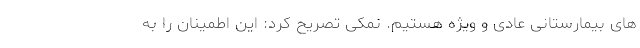
های بیمارستانی عادی و ویژه هستیم. نمکی تصریح کرد: این اطمینان را به